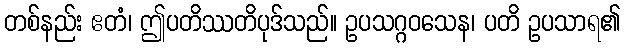
တစ်နည်း ဧတံ၊ ဤပတိဿတိပုဒ်သည်။ ဥပသဂ္ဂဝသေန၊ ပတိ ဥပသာရ၏